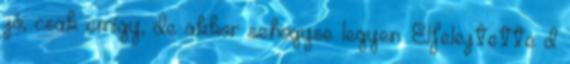
jó, csak emígy, de akkor sehogyse legyen. Elfelejtette d